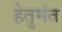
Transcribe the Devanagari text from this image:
हेतुमंत